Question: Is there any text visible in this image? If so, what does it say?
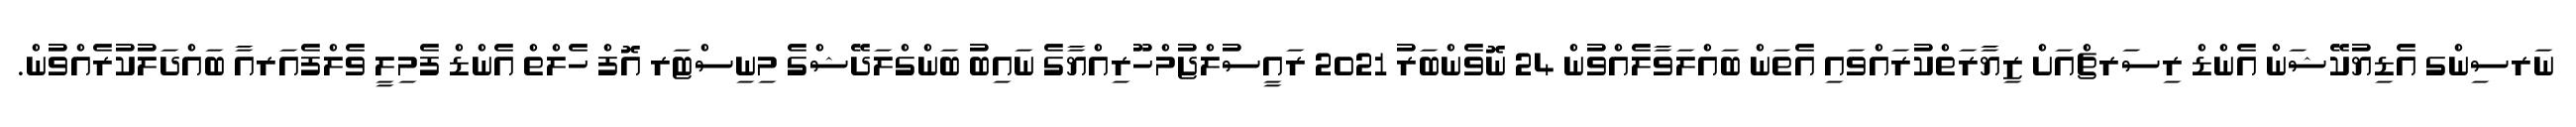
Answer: ނަރސިންގ އެޑިޔުކޭޝަން އެންޑް ރިސަރޗްއަށް ޒިޔާރަތްކުރައްވައި އެތަން ބައްލަވާލެއްވުން 24 ނޮވެންބަރު 2021 ރައީސުލްޖުމްހޫރިއްޔާގެ ނައިބު ބަންގްލަދޭޝްގެ މިނިސްޓަރ އޮފް ހެލްތް އެންޑް ފެމިލީ ވެލްފެއަރއާ ބައްދަލުކުރެއްވުން.